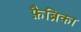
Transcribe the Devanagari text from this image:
फ़ैब्रिका